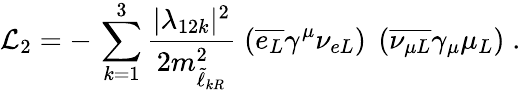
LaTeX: {\cal L}_{2}=-\, \sum_{k=1}^{3}\frac{|\lambda_{12k}|^{2}}{2m_{\tilde{\ell}_{kR}}^{2}}\; \left(\overline{{{e_{L}}}}\gamma^{\mu}\nu_{eL}\right)\; \left(\overline{{{\nu_{\mu L}}}}\gamma_{\mu}\mu_{L}\right)\; .